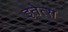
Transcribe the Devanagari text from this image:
इतेत्स